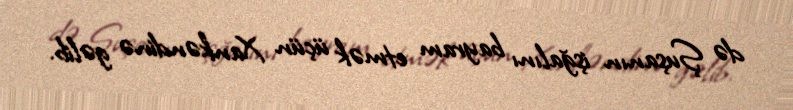
də Şuşanın işğalını bayram etmək üçün Xankəndinə gəlib.